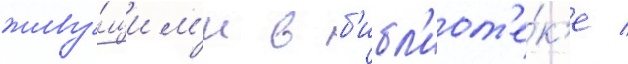
живу́щим'и в б'ибл'иот'е́к'е /